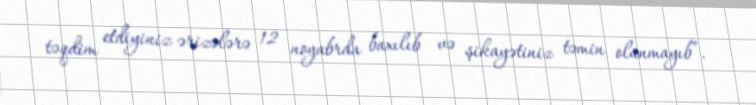
təqdim etdiyiniz ərizələrə 12 noyabrda baxılıb və şikayətiniz təmin olunmayıb”.